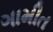
ગામીત